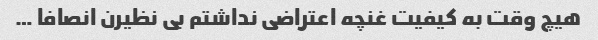
هیچ وقت به کیفیت غنچه اعتراضی نداشتم بی نظیرن انصافا …